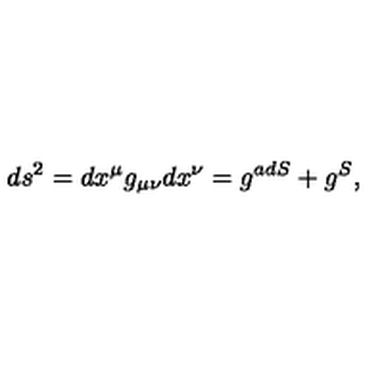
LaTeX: d s ^ { 2 } = d x ^ { \mu } g _ { \mu \nu } d x ^ { \nu } = g ^ { a d S } + g ^ { S } ,